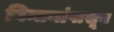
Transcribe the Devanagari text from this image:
विमानांपासून